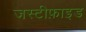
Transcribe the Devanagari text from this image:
जस्टीफ़ाइड